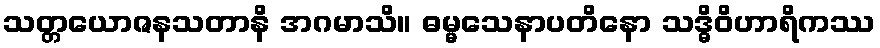
သတ္တယောဇနသတာနိ အဂမာသိ။ ဓမ္မသေနာပတိနော သဒ္ဓိဝိဟာရိကဿ